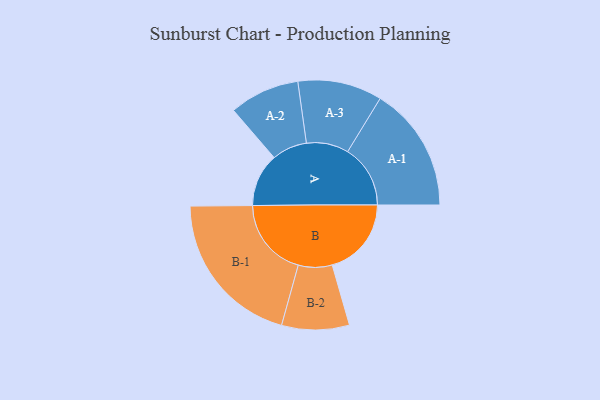
{"axis": {"x": "Segment", "y": "Value"}, "legend": ["", "A", "B"], "data": [{"x": "A", "y": 197, "type": ""}, {"x": "B", "y": 293, "type": ""}, {"x": "A-1", "y": 232, "type": "A"}, {"x": "A-2", "y": 130, "type": "A"}, {"x": "A-3", "y": 156, "type": "A"}, {"x": "B-1", "y": 293, "type": "B"}, {"x": "B-2", "y": 125, "type": "B"}]}